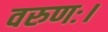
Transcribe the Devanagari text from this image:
वरुणः।